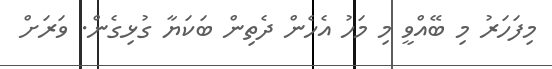
މިފަހަރު މި ބޭއްވީ މި މަހު އެހެން ދެތިން ބަކަޔާ ގުޅިގެން. ވަރަށް